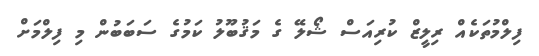
ފިލްމުތަކެއް ރިލީޒް ކުރިއަސް ޝޯލޭ ގެ މަޤުބޫލު ކަމުގެ ސަބަބުން މި ފިލްމަށް